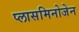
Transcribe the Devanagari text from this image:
प्लासमिनोजेन